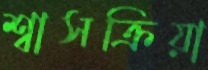
শ্বাসক্রিয়া